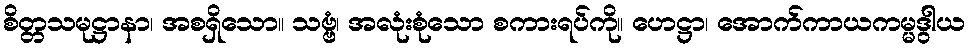
စိတ္တသမုဋ္ဌာနာ၊ အစရှိသော။ သဗ္ဗံ၊ အလုံးစုံသော စကားရပ်ကို။ ဟေဋ္ဌာ၊ အောက်ကာယကမ္မဒွါယ